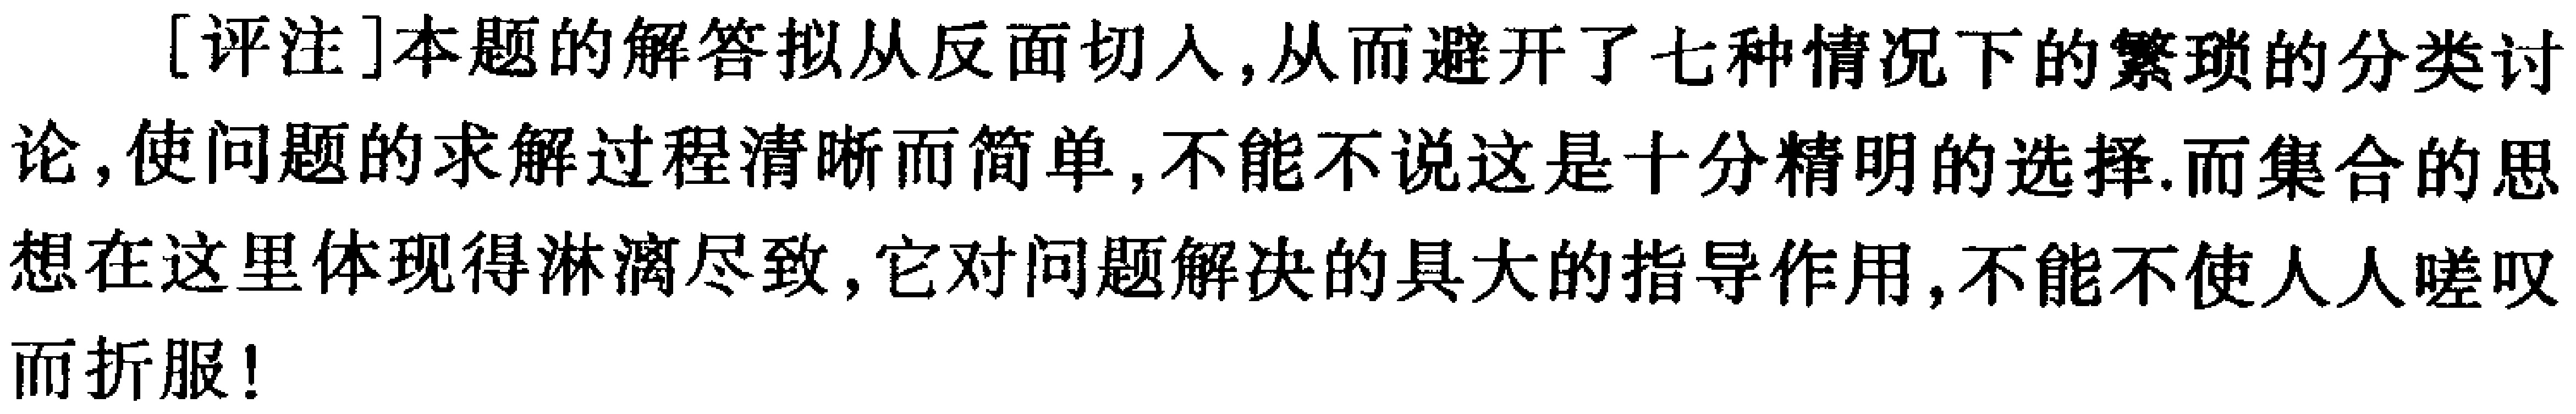
[评注]本题的解答拟从反面切入,从而避开了七种情况下的繁琐的分类讨论,使问题的求解过程清晰而简单,不能不说这是十分精明的选择.而集合的思想在这里体现得淋漓尽致,它对问题解决的具大的指导作用,不能不使人人嗟叹而折服!